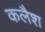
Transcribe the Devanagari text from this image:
कलैश